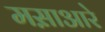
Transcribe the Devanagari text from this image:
मस़ाआरे